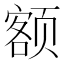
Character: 额